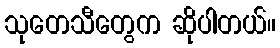
သုတေသီတွေက ဆိုပါတယ်။